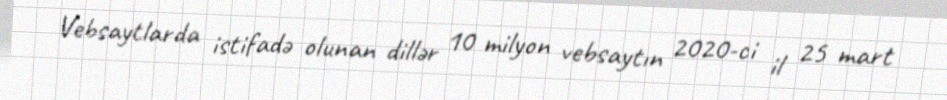
Vebsaytlarda istifadə olunan dillər 10 milyon vebsaytın 2020-ci il 25 mart